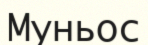
Муньос